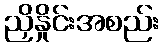
ညှိနှိုင်းအစည်း